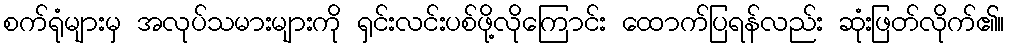
စက်ရုံများမှ အလုပ်သမားများကို ရှင်းလင်းပစ်ဖို့လိုကြောင်း ထောက်ပြရန်လည်း ဆုံးဖြတ်လိုက်၏။